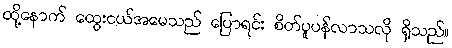
ထို့နောက် ထွေးငယ်အမေသည် ပြောရင်း စိတ်ပူပန်လာသလို ရှိသည်။